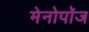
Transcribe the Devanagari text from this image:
मेनोपॉज